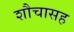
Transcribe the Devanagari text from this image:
शौचासह